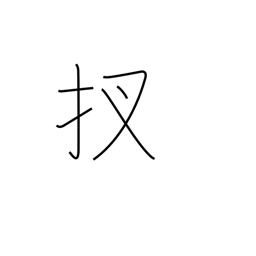
Meaning: now